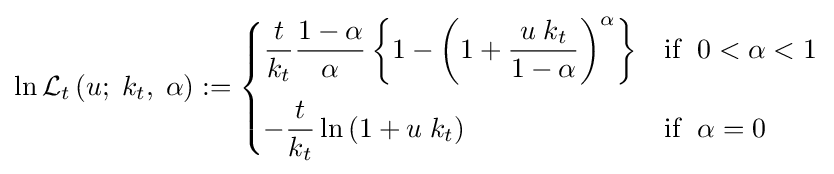
\ln {\cal {L}}_{t}\left(u;\;k_{t},\;\alpha \right):={\begin{cases}\displaystyle {\frac {t}{k_{t}}}\displaystyle {\frac {1-\alpha }{\alpha }}\left\{1-\left(1+{\frac {u\;k_{t}}{1-\alpha }}\right)^{\alpha }\right\}&{\mbox{if }}\;0<\alpha <1\\[4mm]\displaystyle -{\frac {t}{k_{t}}}\ln \left(1+u\;k_{t}\right)&{\mbox{if }}\;\alpha =0\end{cases}}